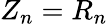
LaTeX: Z_{n}=R_{n}